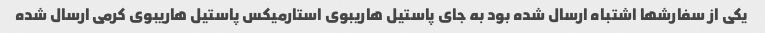
یکی از سفارشها اشتباه ارسال شده بود به جای پاستیل هاریبوی استارمیکس پاستیل هاریبوی کرمی ارسال شده